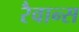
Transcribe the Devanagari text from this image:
रैवान्स